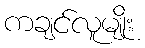
ကချင်လူမျိုး